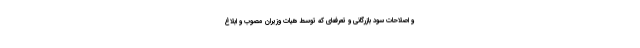
و اصلاحات سود بازرگانی و تعرفه‌ای که توسط هیات وزیران مصوب و ابلاغ